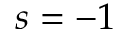
s = - 1